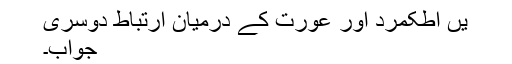
یں اطکمرد اور عورت کے درمیان ارتباط دوسری
جواب۔